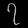
Digit: ၇